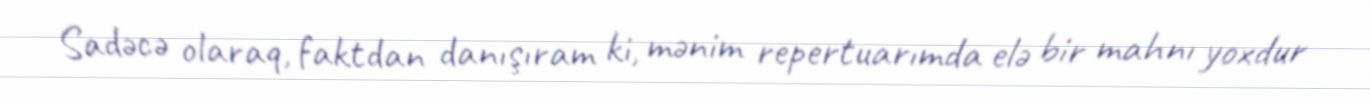
Sadəcə olaraq, faktdan danışıram ki, mənim repertuarımda elə bir mahnı yoxdur